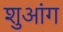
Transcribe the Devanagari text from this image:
शुआंग